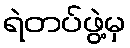
ရဲတပ်ဖွဲ့မှ